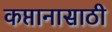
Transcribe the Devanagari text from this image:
कप्तानासाठी